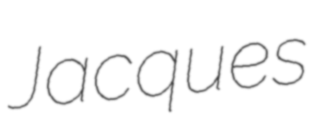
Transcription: Jacques